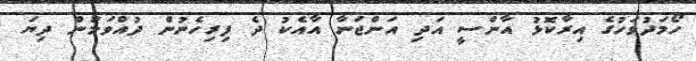
ހޯމަދުވަހުގެ އިރާކޮޅު އާންސީ އަދި އަންޖަނާ އާއެކު ދެ ފިރިހެނުން ދުއްވަމުން ދިޔަ